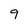
Character: 9